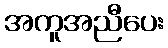
အကူအညီပေး